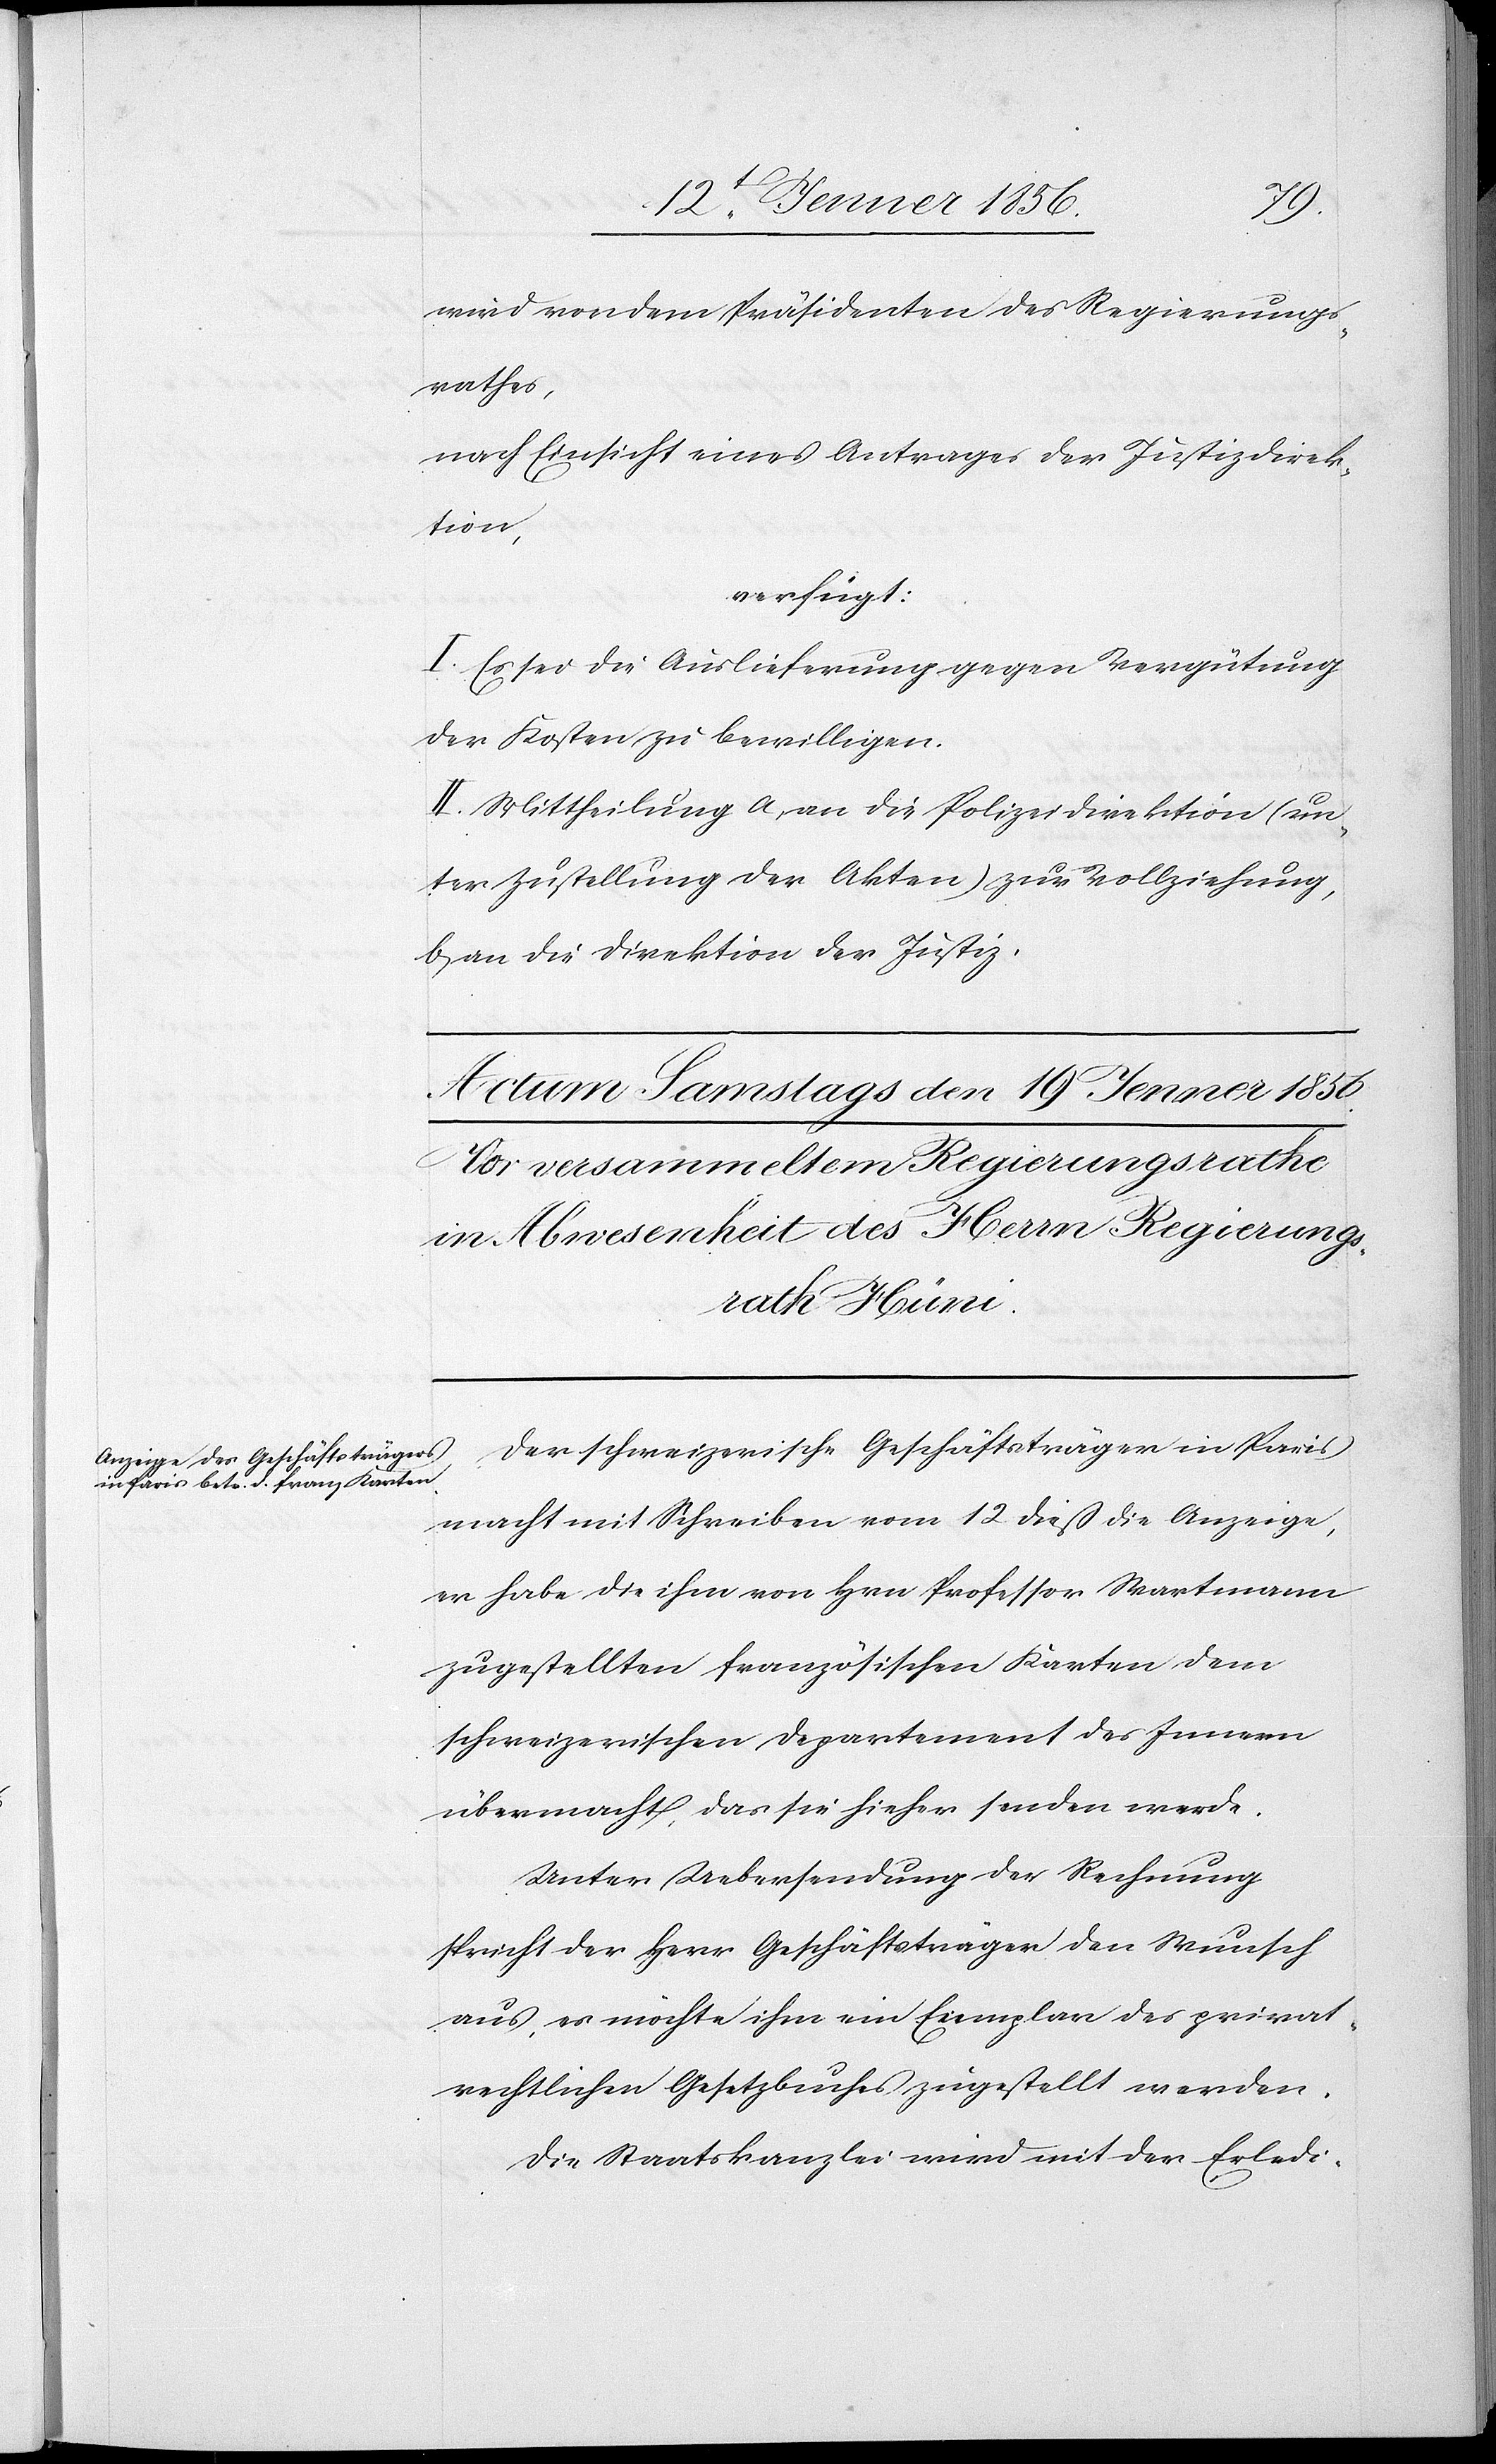
wird von dem Präsidenten des Regierungs¬
rathes,
nach Einsicht eines Antrages der Justizdirek¬
tion,
verfügt:
I. Es sei die Auslieferung gegen Vergütung
der Kosten zu bewilligen.
II. Mittheilung a, an die Polizeidirektion (un¬
ter Zustellung der Akten) zur Vollziehung,
b, an die Direktion der Justiz.
Der schweizerische Geschäftsträger in Paris
macht mit Schreiben vom 12 dieß die Anzeige,
er habe die ihm von Hrn Professor Wartmann
zugestellten französischen Karten dem
schweizerischen Departement des Innern
übermacht, das sie hieher senden werde.
Unter Uebersendung der Rechnung
spricht der Herr Geschäftsträger den Wunsch
aus, es möchte ihm ein Exemplar des privat¬
rechtlichen Gesetzbuches zugestellt werden.
Die Staatskanzlei wird mit der Erledi-